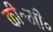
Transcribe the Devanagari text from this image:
की॰मी॰